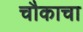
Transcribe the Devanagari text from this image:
चौकाचा